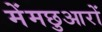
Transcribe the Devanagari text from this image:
मेंमछुआरों